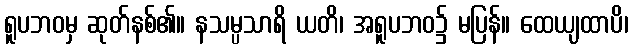
ရူပဘဝမှ ဆုတ်နစ်၏။ နသမ္ပသာရိ ယတိ၊ အရူပဘဝ၌ မပြန်။ ထေယျထာပိ၊